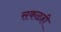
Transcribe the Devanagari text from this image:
सकळही